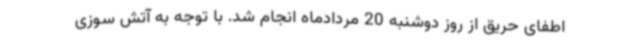
اطفای حریق از روز دوشنبه 20 مردادماه انجام شد. با توجه به آتش سوزی